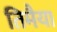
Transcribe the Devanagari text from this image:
तिमैया